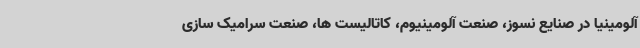
آلومینیا در صنایع نسوز، صنعت آلومینیوم، کاتالیست ها، صنعت سرامیک سازی